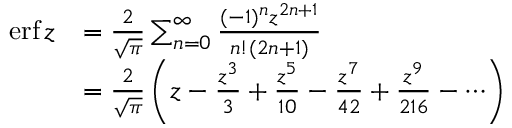
{ \begin{array} { r l } { \operatorname { e r f } z } & { = { \frac { 2 } { \sqrt { \pi } } } \sum _ { n = 0 } ^ { \infty } { \frac { ( - 1 ) ^ { n } z ^ { 2 n + 1 } } { n ! ( 2 n + 1 ) } } } \\ & { = { \frac { 2 } { \sqrt { \pi } } } \left( z - { \frac { z ^ { 3 } } { 3 } } + { \frac { z ^ { 5 } } { 1 0 } } - { \frac { z ^ { 7 } } { 4 2 } } + { \frac { z ^ { 9 } } { 2 1 6 } } - \cdots \right) } \end{array} }